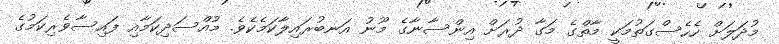
މުދަލަށް ހެހެސްގަތުމަކީ މާތްގެ މަގާ ދުރަށް އިންސާނާގެ މޫނު އަނބުރައިލާކަމެކެވެ. މުއްސަދިކަމާއި ފައިސާވެރިކަމުގެ